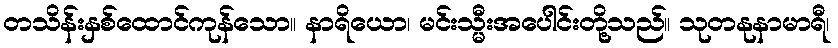
တသိန်းနှစ်ထောင်ကုန်သော။ နာရိယော၊ မင်းသ္မီးအပေါင်းတို့သည်။ သုတနုနာမာရီ၊